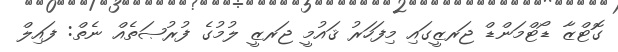
ގޮޓްޒާ ޑޯޓްމަންޑް ޖަރޒީގައި މިފަހަރު ޤައުމީ ޖަރޒީ ލުމުގެ ފުރުޞަތެއް ނެތް: ފައިލް